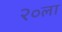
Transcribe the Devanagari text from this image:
२०ला